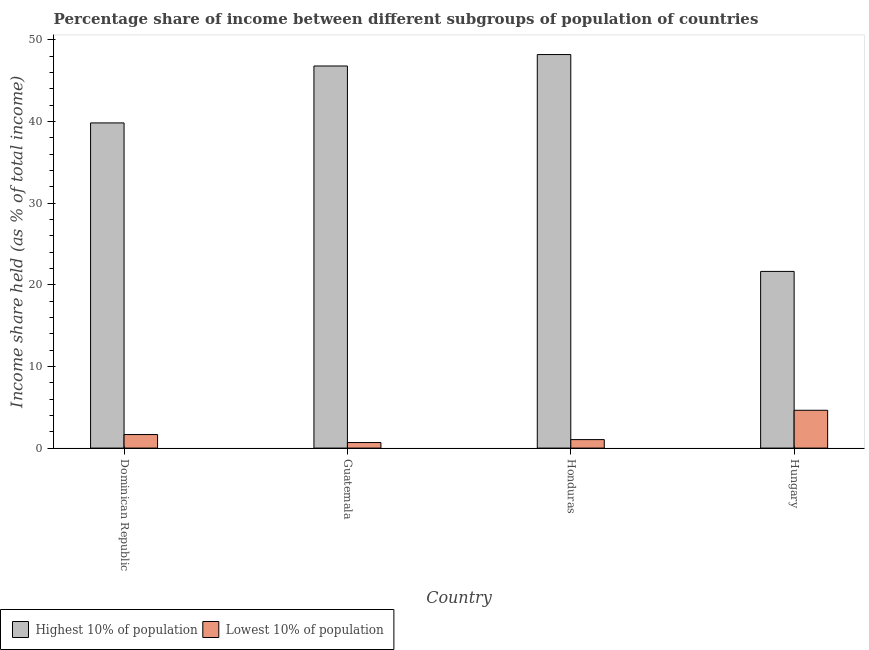
| Country | Highest 10% of population | Lowest 10% of population |
 | --- | --- | --- |
 | Dominican Republic | 39.8 | 1.66 |
 | Guatemala | 46.8 | 0.68 |
 | Honduras | 48.2 | 1.04 |
 | Hungary | 21.6 | 4.63 |